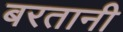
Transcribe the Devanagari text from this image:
बरतानी